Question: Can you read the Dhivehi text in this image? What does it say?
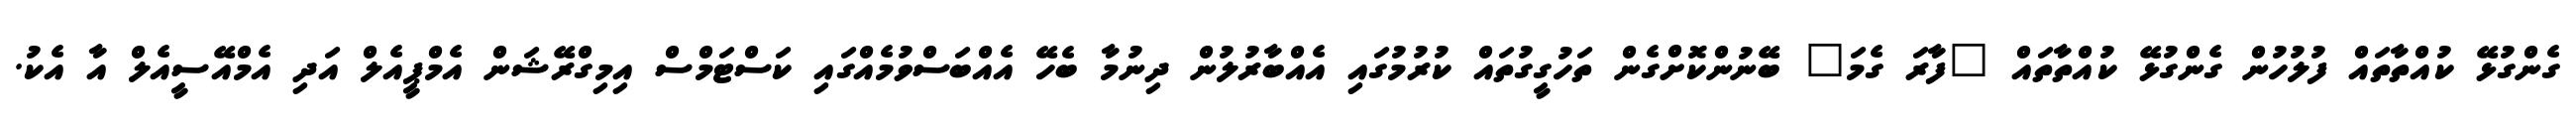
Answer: ގެންގުޅޭ ކުއްތާތައް ފުލުހުން ގެންގުޅޭ ކުއްތާތައް "ފާރަ ގެމަ" ބޭނުންކޮށްގެން ތަހުގީގުތައް ކުރުމުގައި އެއްބާރުލުން ދިނުމާ ބެހޭ އެއްބަސްވުމެއްގައި ކަސްޓަމްސް އިމިގްރޭޝަން އެމްޕީއެލް އަދި އެމްއޭސީއެލް އާ އެކު.